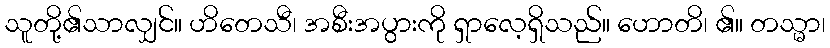
သူတို့၏သာလျှင်။ ဟိတေသီ၊ အစီးအပွားကို ရှာလေ့ရှိသည်။ ဟောတိ၊ ၏။ တသ္မာ၊